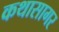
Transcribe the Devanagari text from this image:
कथासागर